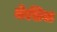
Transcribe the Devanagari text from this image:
केसिया